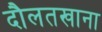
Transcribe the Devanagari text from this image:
दौलतखाना